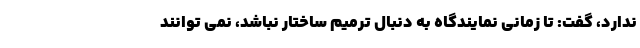
ندارد، گفت: تا زمانی نمایندگاه به دنبال ترمیم ساختار نباشد، نمی توانند